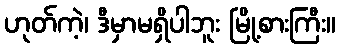
ဟုတ်ကဲ့၊ ဒီမှာမရှိပါဘူး မြို့စားကြီး။